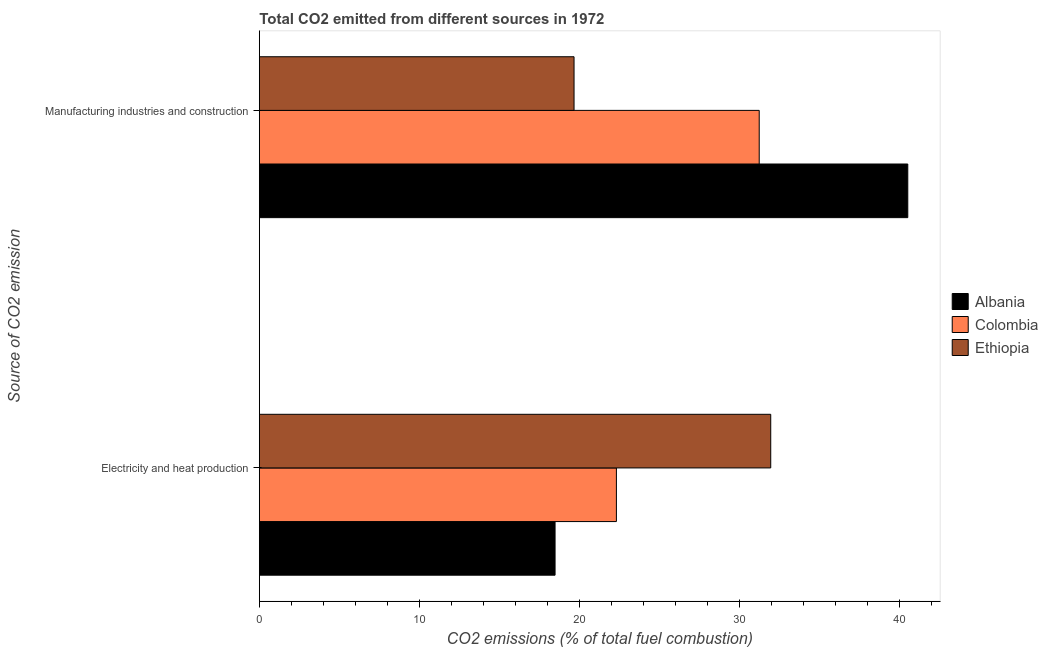
| Source of CO2 emission | Albania | Colombia | Ethiopia |
 | --- | --- | --- | --- |
 | Electricity and heat production | 18.5 | 22.3 | 32 |
 | Manufacturing industries and construction | 40.5 | 31.2 | 19.7 |